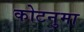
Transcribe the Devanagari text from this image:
कोटनुमा